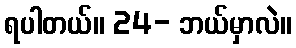
ရပါတယ်။ 24- ဘယ်မှာလဲ။